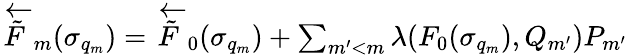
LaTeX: \begin{array}{r}{\overleftarrow{\tilde{F}}_{m}(\sigma_{q_{m}})=\overleftarrow{\tilde{F}}_{0}(\sigma_{q_{m}})+\sum_{m^{\prime}<m}\lambda(F_{0}(\sigma_{q_{m}}),Q_{m^{\prime}})P_{m^{\prime}}}\end{array}